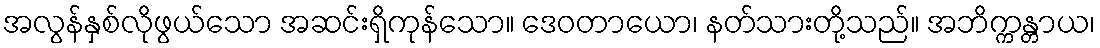
အလွန်နှစ်လိုဖွယ်သော အဆင်းရှိကုန်သော။ ဒေဝတာယော၊ နတ်သားတို့သည်။ အဘိက္ကန္တာယ၊